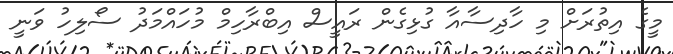
މީގެ އިތުރަށް މި ހާދިސާއާ ގުޅިގެން ރައީސް އިބްރާހިމް މުހައްމަދު ސޯލިހު ވަނީ